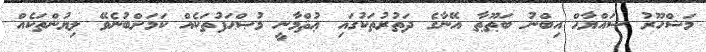
މަޝްހޫރު ސައްޔާޙް އިބްނު ބަޠޫޠާ އޭނާގެ ދަތުރުތަކުގައި ޢުޘްމާނީ މުޞްޙަފުތަކެއް ކަމަށްބުނެވޭ ލިޔުންތަކެއް